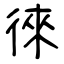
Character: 徠